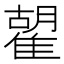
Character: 𩀉